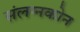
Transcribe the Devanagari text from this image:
संलग्नकोन